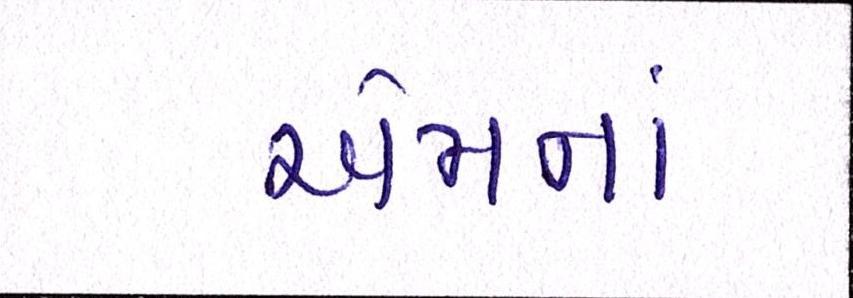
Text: એમનાં